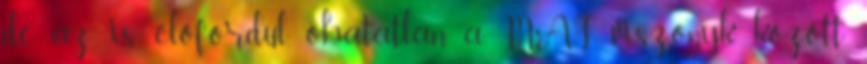
de az is előfordul, óhatatlan a MAI viszonyk között